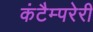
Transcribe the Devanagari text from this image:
कंटैम्परेरी